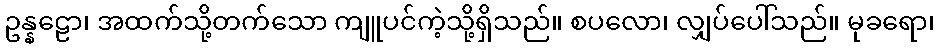
ဥန္နဠော၊ အထက်သို့တက်သော ကျူပင်ကဲ့သို့ရှိသည်။ စပလော၊ လျှပ်ပေါ်သည်။ မုခရော၊